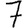
Digit: 7